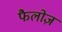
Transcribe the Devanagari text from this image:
फैलोज़